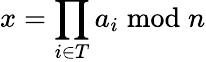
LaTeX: x=\prod_{i\in T}a_{i}{\bmod{n}}